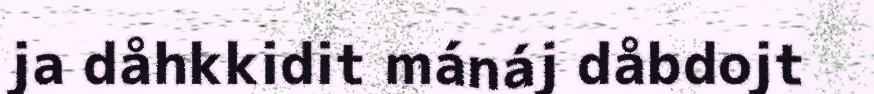
ja dåhkkidit mánáj dåbdojt